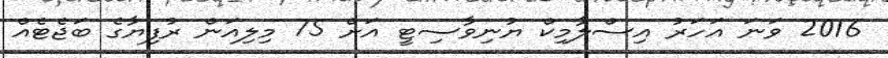
2016 ވަނަ އަހަރު އިސްލާމިކް ޔުނިވާސިޓީ އަށް 75 މިލިއަން ރުފިޔާގެ ބަޖެޓެއް